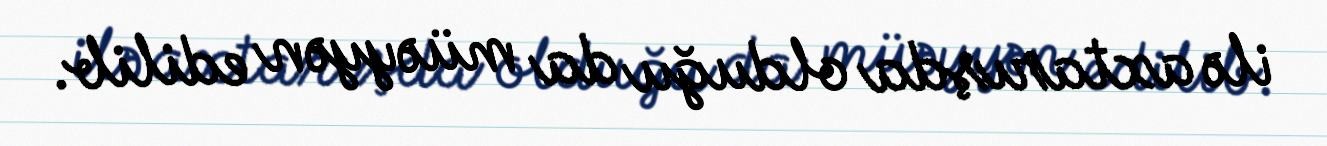
ilə axtarışda olduğu da müəyyən edilib.